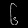
Digit: ၆